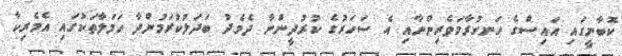
ކޮބާނީގައި އައިސްގެ ހަނގުރާމަވެރިންނާއި އެ ސަހަރުގެ ކުރުދީންނާ ދެމެދު ބަދަލުކުރަމުންދާ ހަމަލާތަކުގައި އެމެރިކާ